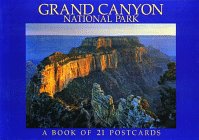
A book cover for Grand Canyon National Park Postcard Book; Browntrout Publishers; Travel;